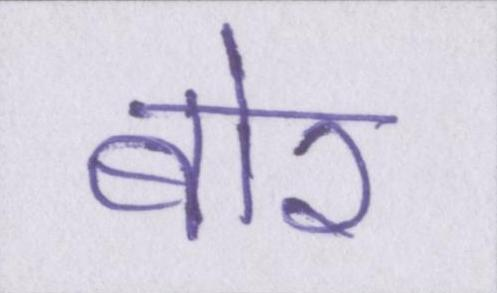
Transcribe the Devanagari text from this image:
बोर